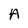
Character: A